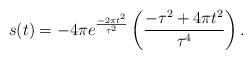
LaTeX: \begin{align*} s(t)=-4\pi e^{\frac{-2\pi t^2}{\tau^2}}\left(\frac{-\tau^2+4\pi t^2}{\tau^4}\right).\end{align*}